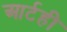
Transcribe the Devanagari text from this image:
आर्टही